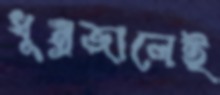
ধূম্রজালেই